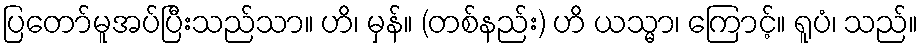
ပြတော်မူအပ်ပြီးသည်သာ။ ဟိ၊ မှန်။ (တစ်နည်း) ဟိ ယသ္မာ၊ ကြောင့်။ ရူပံ၊ သည်။